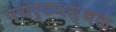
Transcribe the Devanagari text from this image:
पयर्टनस्थळ